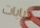
دبابات